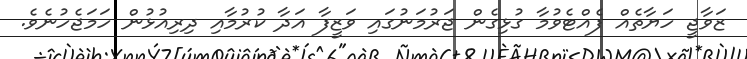
ޒަވާޖީ ހަޔާތެއް ފެއްޓެވުމާ ގުޅިގެން ޖަރުމަނުގައި ވަޒީފާ އަދާ ކުރުމާއި ދިރިއުޅުން ހަމަޖެހުނެވެ.